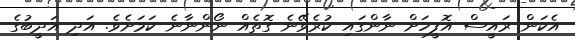
އެކަން ރައީސް އޮފީހަށް ނާންގައި ކުރެވޭނެ ގޮތެއް ނޯންނާނެ ކަމަށެވެ. އަދި އަދީބުގެ